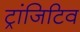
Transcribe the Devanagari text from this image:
ट्रांजिटिव